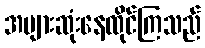
အများဆုံးနေထိုင်ကြသည်